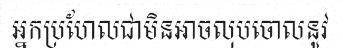
អ្នកប្រហែលជាមិនអាចលុបចោលនូវ